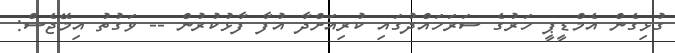
ގުޅިގެން އެމްޑީޕީ ހަރުގެ ސަރަހައްދުގައި ކުރިއަށްދާ އުފާ ފާޅުކުރުން -- ވަގުތު އިމޭޖެސް: